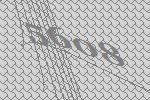
5608